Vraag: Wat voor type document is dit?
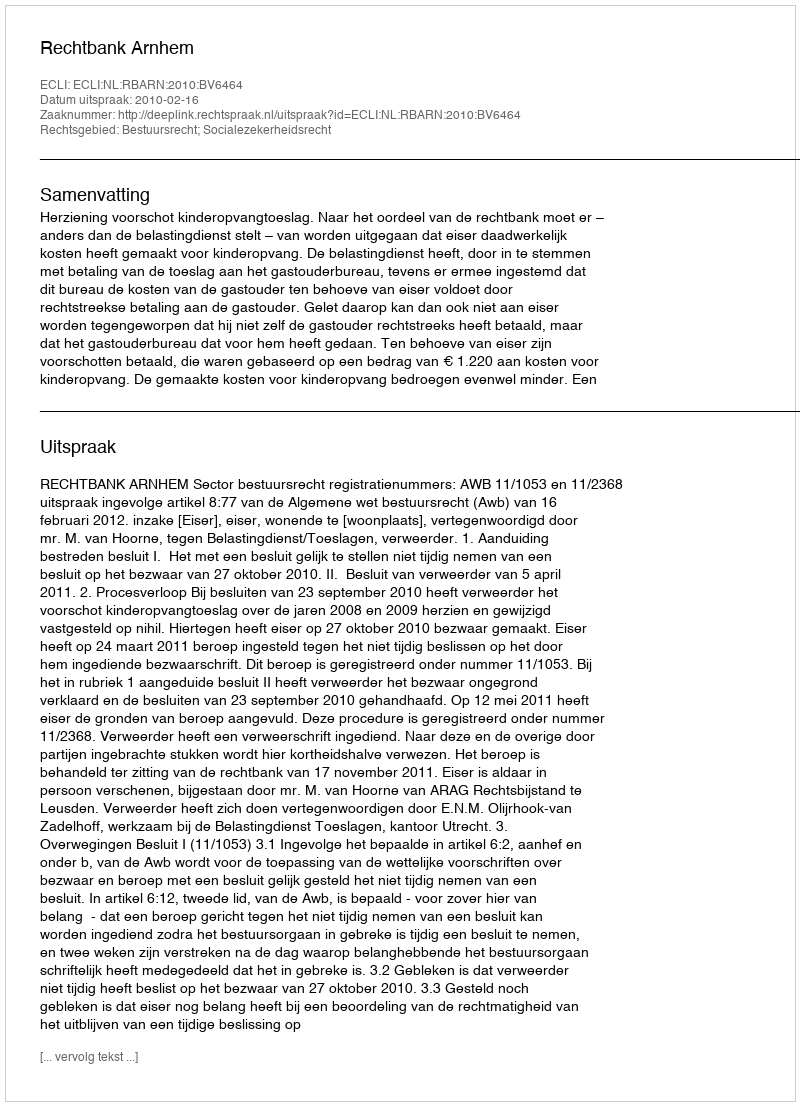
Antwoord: Uitspraak